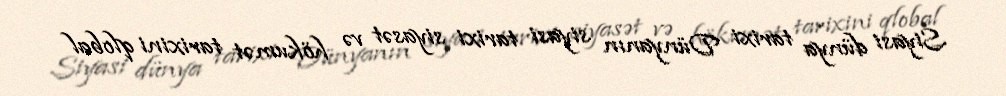
Siyasi dünya tarixi Dünyanın siyasi tarixi siyasət və hökumət tarixini qlobal